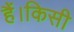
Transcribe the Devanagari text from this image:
हैं।किसी